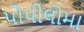
પોપીલોમા